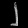
Digit: ၂